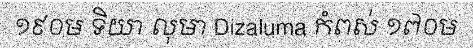
១៩០ម ទិយា លុមា Dizaluma កំពស់ ១៧០ម